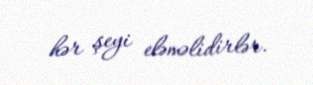
hər şeyi eləməlidirlər.